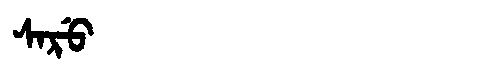
Manchu: ᠰᠠᡵᡠ
Romanization: SARU